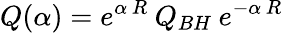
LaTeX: Q(\alpha)=e^{\alpha\, R}\: Q_{BH}\: e^{-\alpha\, R}